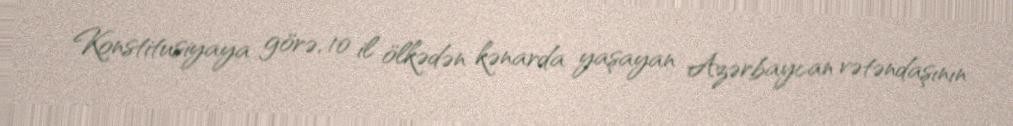
Konstitusiyaya görə, 10 il ölkədən kənarda yaşayan Azərbaycan vətəndaşının